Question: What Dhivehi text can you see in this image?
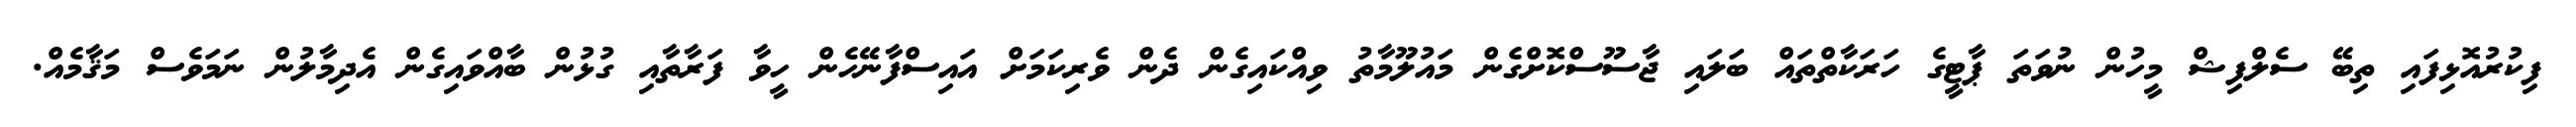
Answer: ފިކުރުއޮޅިފައި ތިބޭ ސެލްފިޝް މީހުން ނުވަތަ ޕާޓީގެ ހަރަކާތްތައް ބަލައި ޖާސޫސްކޮށްގެން މައުލޫމާތު ވިއްކައިގެން ދެން ވެރިކަމަށް އައިސްފާނޭހެން ހީވާ ފަރާތާއި ގުޅުން ބާއްވައިގެން އެދިމާލުން ނަމަވެސް މަޤާމެއް.